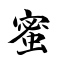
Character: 蜜